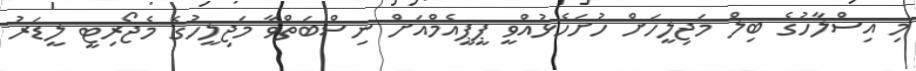
މި އިސްލާހުގެ ބިލް މަޖިލީހަށް ހުށަހެޅުއްވީ ޕީޕީއެމްއަށް ނިސްބަތްވާ މަޖިލީހުގެ މެޖޯރިޓީ ލީޑަރު